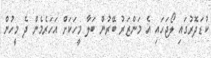
ކުޑަދޮރުގައި ލޯޖަހައި އެ މަންޒަރު ބޭރުން ބަލާ މީހަކަށް އަހަރެމެން ދެ މީހުން